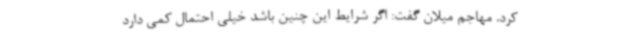
کرد. مهاجم میلان گفت: اگر شرایط این چنین باشد خیلی احتمال کمی دارد